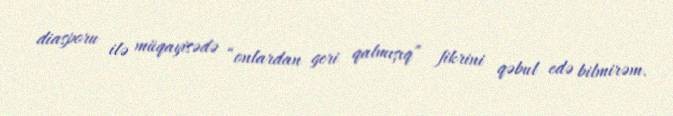
diasporu ilə müqayisədə “onlardan geri qalmışıq” fikrini qəbul edə bilmirəm.